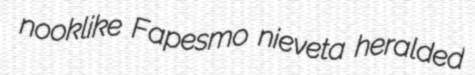
nooklike Fapesmo nieveta heralded